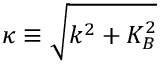
\kappa \equiv \sqrt { k ^ { 2 } + K _ { B } ^ { 2 } }